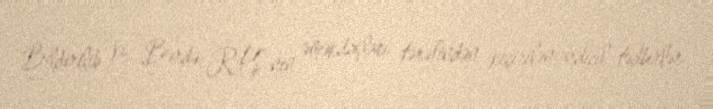
Bildirilib ki, Bərdə RPŞ-nin əməkdaşları tərəfindən keçirilən ardıcıl tədbirlər